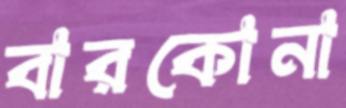
বারকোনা